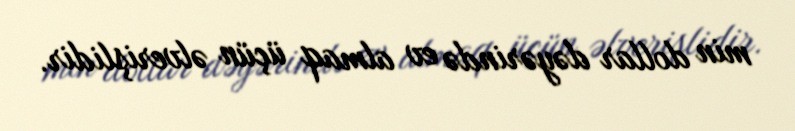
min dollar dəyərində ev almaq üçün əlverişlidir.